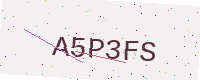
Text: A5P3FS